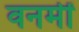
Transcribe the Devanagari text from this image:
वनमीं